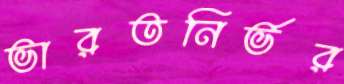
ভারতনির্ভর